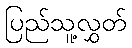
ပြည်သူ့လွှတ်